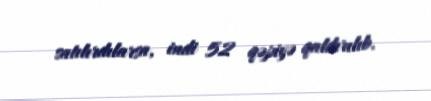
satılırdılarsa, indi 52 qəpiyə qaldırılıb.